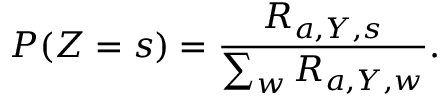
P ( Z = s ) = \frac { R _ { a , Y , s } } { \sum _ { w } { R _ { a , Y , w } } } .